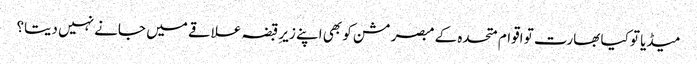
میڈیا تو کیا بھارت تو اقوام متحدہ کے مبصر مشن کو بھی اپنے زیرِ قبضہ علاقے میں جانے نہیں دیتا؟